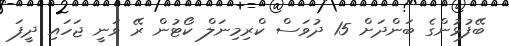
ބޭފުޅުންގެ ބަންދަށް 15 ދުވަސް ކްރިމިނަލް ކޯޓުން ރޭ ވަނީ ޖަހައި ދީފަ